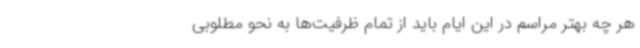
هر چه بهتر مراسم در این ایام باید از تمام ظرفیت‌ها به نحو مطلوبی